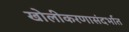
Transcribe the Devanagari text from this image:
खोलीकरणासंदर्भात